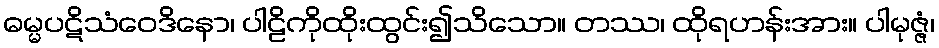
ဓမ္မပဋိသံဝေဒိနော၊ ပါဠိကိုထိုးထွင်း၍သိသော။ တဿ၊ ထိုရဟန်းအား။ ပါမုဇ္ဇံ၊